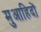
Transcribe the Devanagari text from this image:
मुआहिदों